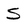
Character: S